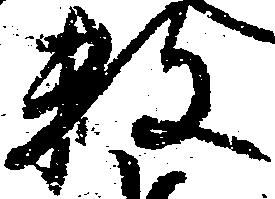
数